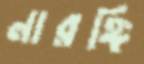
নারঙ্গি